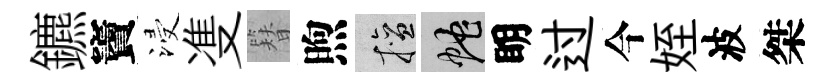
鑣竇浸㕠簪煦擅蛇眀过今姪波桀